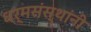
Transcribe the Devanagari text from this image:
धर्मसंस्थांनी